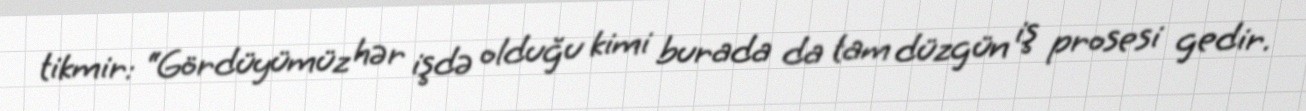
tikmir: “Gördüyümüz hər işdə olduğu kimi burada da tam düzgün iş prosesi gedir.